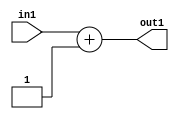
`timescale 1ps / 1ps
/*****************************************************************************
    Verilog RTL Description
    
    
    Created by: CellMath Designer 2019.1.01 
*******************************************************************************/

module DFT_compute_Add_8U_12_1 (
	in1,
	out1
	); /* architecture "behavioural" */ 
input [7:0] in1;
output [7:0] out1;
wire [7:0] asc001;

assign asc001 = 
	+(in1)
	+(8'B00000001);

assign out1 = asc001;
endmodule

/* CADENCE  urj4TA0= : u9/ySgnWtBlWxVPRXgAZ4Og= ** DO NOT EDIT THIS LINE ******/